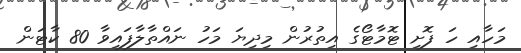
މަހާއި ހަ ފޮށި ޓޮމާޓޯގެ އިތުރުން މިދިޔަ މަހު ނައްތާލާފައިވާ 80 ކާޓަން